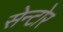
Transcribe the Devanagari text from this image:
सेन्टोर